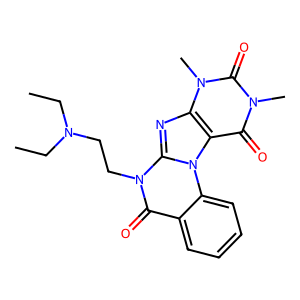
SMILES: CCN(CC)CCn1c(=O)c2ccccc2n2c3c(=O)n(C)c(=O)n(C)c3nc12
Inhibits HIV replication: No